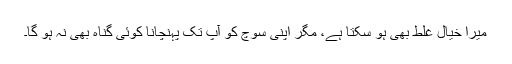
میرا خیال غلط بھی ہو سکتا ہے، مگر اپنی سوچ کو آپ تک پہنچانا کوئی گناہ بھی نہ ہو گا۔